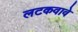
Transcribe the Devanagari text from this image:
लटकवावे